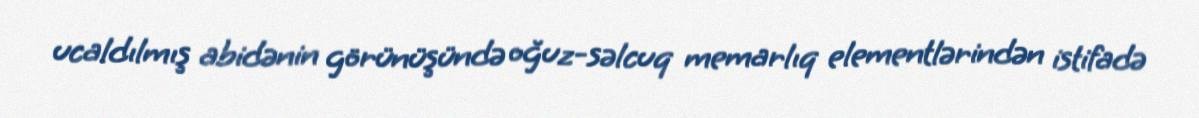
ucaldılmış abidənin görünüşündə oğuz-səlcuq memarlıq elementlərindən istifadə